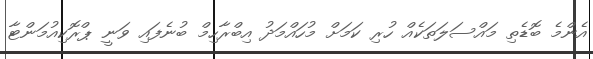
އެންމެ ބޮޑެތި މައްސަލަތަކެއް ހުރި ކަމަށް މުހައްމަދު އިބްރާހިމް ބުނެފައި ވަނީ ޕްރޮކިއުމަންޓާ